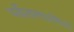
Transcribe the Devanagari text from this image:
पर्वतमालेत